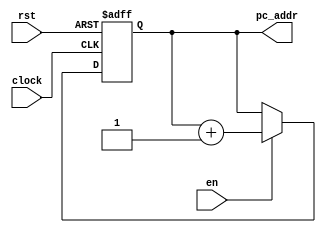
`timescale 1ns / 1ps
//////////////////////////////////////////////////////////////////////////////////
// Company: 
// Engineer: 
// 
// Design Name: 
// Module Name: counter
// Project Name: 
// Target Devices: 
// Tool Versions: 
// Description: 
// 
// Dependencies: 
// 
// Revision:
// Revision 0.01 - File Created
// Additional Comments:
// 
//////////////////////////////////////////////////////////////////////////////////


module counter(pc_addr, clock, rst, en);
input clock, rst, en;
output reg [7:0] pc_addr;

always @(posedge clock or negedge rst) begin
	if(!rst) begin
		pc_addr <= 8'd0;
	end
	else begin
		if(en) pc_addr <= pc_addr+1;
		else pc_addr <= pc_addr;
	end
end

endmodule